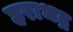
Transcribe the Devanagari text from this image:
हराभद्र